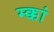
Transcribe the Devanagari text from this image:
म्क्कां